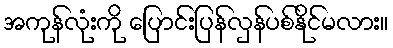
အကုန်လုံးကို ပြောင်းပြန်လှန်ပစ်နိုင်မလား။